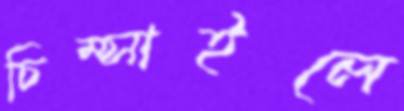
চিম্‌সাইলে